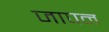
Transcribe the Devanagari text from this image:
जापन